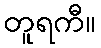
တူရကီ။